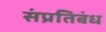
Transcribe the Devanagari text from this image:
संप्रतिबंध